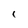
Character: 1